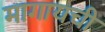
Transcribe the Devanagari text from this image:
मागायची